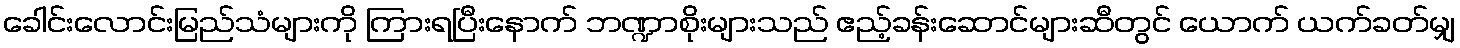
ခေါင်းလောင်းမြည်သံများကို ကြားရပြီးနောက် ဘဏ္ဍာစိုးများသည် ဧည့်ခန်းဆောင်များဆီတွင် ယောက် ယက်ခတ်မျှ